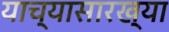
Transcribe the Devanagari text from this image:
याच्यासारख्या